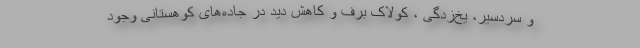
و سردسیر، یخ‌زدگی ، کولاک برف و کاهش دید در جاده‌های کوهستانی وجود